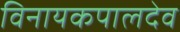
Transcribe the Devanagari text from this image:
विनायकपालदेव